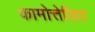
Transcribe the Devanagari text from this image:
कामोत्तेजित